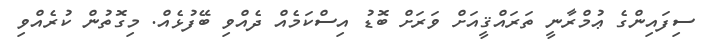
ސިފައިންގެ ޢުމްރާނީ ތަރައްޤީއަށް ވަރަށް ބޮޑު އިސްކަމެއް ދެއްވި ބޭފުޅެއް. މިގޮތުން ކުރެއްވި